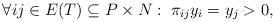
LaTeX: \begin{align*} \forall ij \in E(T) \subseteq P \times N:\; \pi_{ij} y_i = y_j > 0,\end{align*}